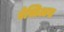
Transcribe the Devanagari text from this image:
बेस्तिआस